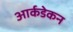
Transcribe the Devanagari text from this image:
आर्कडेकन